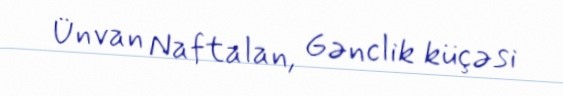
Ünvan Naftalan, Gənclik küçəsi